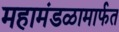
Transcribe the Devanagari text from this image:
महामंडळामार्फत